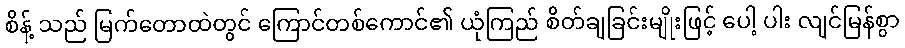
စိန့် သည် မြက်တောထဲတွင် ကြောင်တစ်ကောင်၏ ယုံကြည် စိတ်ချခြင်းမျိုးဖြင့် ပေါ့ ပါး လျင်မြန်စွာ